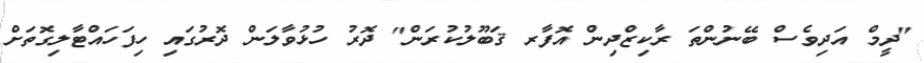
"ދީމް އަދިވެސް ބޭނުންތަ ރާކިޒްދިން އޮފާރ ޤަބޫލުކުރަން" ދޮރު ހުޅުވާލަން ދޮރުގައި ހިފަހައްޓާލިގޮތަށް